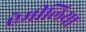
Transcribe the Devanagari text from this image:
ऐमीलिया